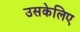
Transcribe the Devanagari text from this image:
उसकेलिए